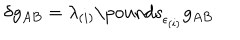
\delta g _ { A B } = \lambda _ { ( i ) } \mathrm { \ p o u n d s } _ { \epsilon _ { ( i ) } } g _ { A B }